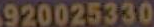
920025330